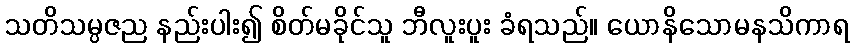
သတိသမ္ပဇည နည်းပါး၍ စိတ်မခိုင်သူ ဘီလူးပူး ခံရသည်။ ယောနိသောမနသိကာရ